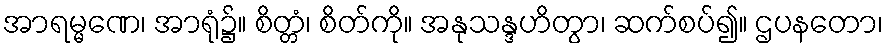
အာရမ္မဏေ၊ အာရုံ၌။ စိတ္တံ၊ စိတ်ကို။ အနုသန္ဒဟိတွာ၊ ဆက်စပ်၍။ ဌပနတော၊